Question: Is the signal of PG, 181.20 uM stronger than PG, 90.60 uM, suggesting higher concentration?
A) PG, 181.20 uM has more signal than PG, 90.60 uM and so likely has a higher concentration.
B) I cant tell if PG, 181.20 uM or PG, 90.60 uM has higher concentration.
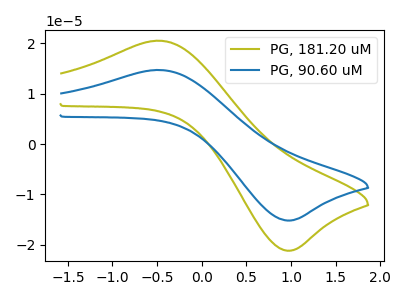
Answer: <think>The olive curve "PG, 181.20 uM" has an anodic peak at (-0.45V, 20.55uA) and a cathodic peak at (0.95V, -21.15uA). The blue curve "PG, 90.60 uM" has an anodic peak at (-0.45V, 14.75uA) and a cathodic peak at (0.95V, -15.15uA).
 All the peaks in "PG, 181.20 uM" have a peak in "PG, 90.60 uM" at the same potential. Every peak in "PG, 181.20 uM" is higher than every peak in "PG, 90.60 uM".</think>
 <answer>A) "PG, 181.20 uM" has more signal than "PG, 90.60 uM" and so likely has a higher concentration.</answer>
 <eval>A</eval>